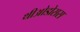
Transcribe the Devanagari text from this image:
थीओडोसस